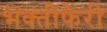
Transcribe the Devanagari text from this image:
भक्तीफेरी